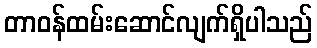
တာဝန်ထမ်းဆောင်လျက်ရှိပါသည်